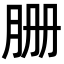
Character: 𦙽